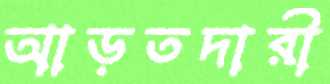
আড়তদারী